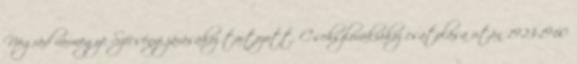
Nógrád vármegye Szécsényi járásához tartozott. Csehszlovákiához csatolása után 1923-1960